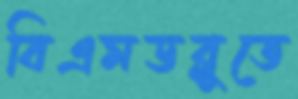
বিএমডব্লুতে